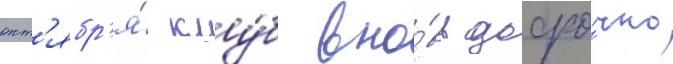
окт'ябр'я́ клу́б вно́вь досро́чно